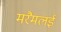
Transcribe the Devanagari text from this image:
मरैमलई